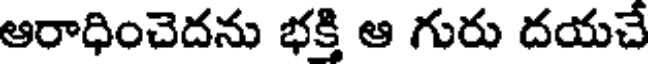
ఆరాధించెదను భక్తి ఆ గురు దయచే